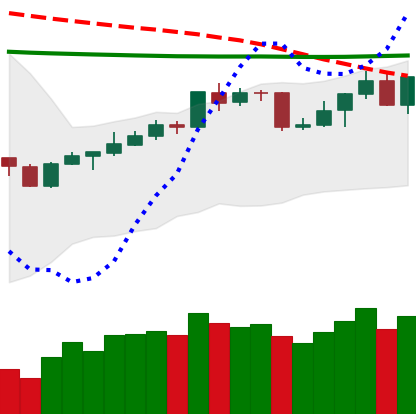
Ticker: BNB-USD
Chart end date: 2020-04-16
Forward return: -3.165%
Label: down_3_5